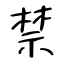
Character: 禁